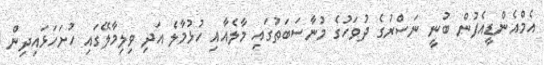
އެމްއެންޑީއެފުން ބުނީ ނަސްރުގެ ދުވަހުގެ މުނާސަބަތުގައި މާލެއާއި ހުޅުމާލެ އަދި ވިލިމާލޭގައި ހުށަހަޅައިދިން